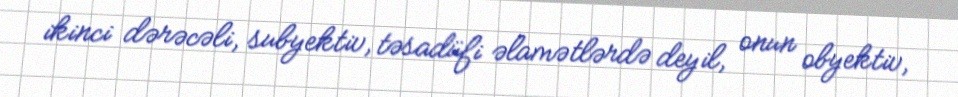
ikinci dərəcəli, subyektiv, təsadüfi əlamətlərdə deyil, onun obyektiv,